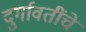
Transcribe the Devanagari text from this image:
दुर्गावतींचे